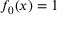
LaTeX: f _ { 0 } ( x ) = 1